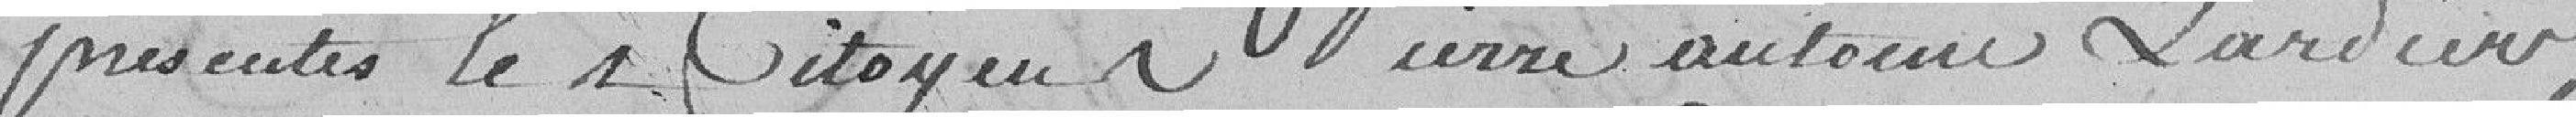
présentés les citoyens Pierre Antoine Lardier,